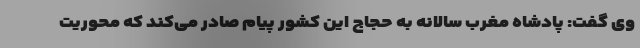
وی گفت: پادشاه مغرب سالانه به حجاج این کشور پیام صادر می‌کند که محوریت